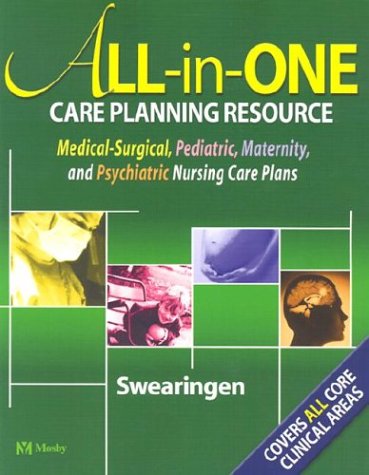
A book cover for All-in-One Care Planning Resource: Medical-Surgical, Pediatric, Maternity, and Psychiatric Nursing Care Plans; Pamela L. Swearingen; Medical Books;